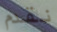
نقدم